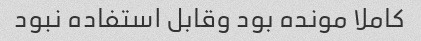
کاملا مونده بود وقابل استفاده نبود